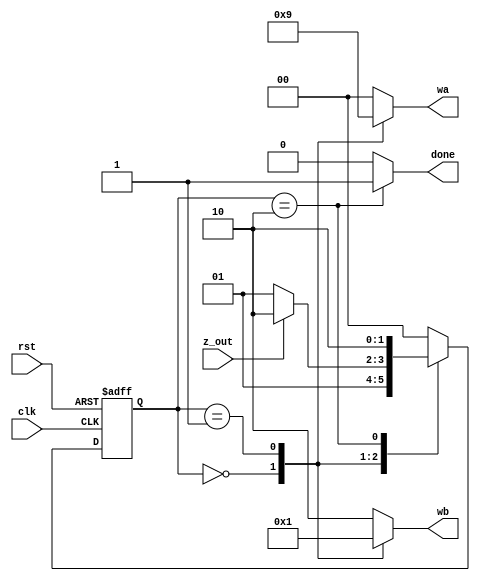
module fsm (
    input  wire             z_out,
    input  wire             clk,
    input  wire             rst,
    output reg   [1:0]      wa,
    output reg   [1:0]      wb,
    output reg done 
);

reg [1:0] current_State, next_state;

localparam s0 = 2'b00,
           s1 = 2'b01,
           s2 = 2'b10;

// state transition

always @( posedge clk or negedge rst )
    begin
        if (!rst)
            begin
                current_State <= s0;
            end 
        else
            begin
                current_State <= next_state;
            end
    end

// Next state

always @(*)
    begin
        case (current_State)

        s0 : begin
                  next_state =  s1;
             end   
        s1 : begin
                  if (z_out == 1'b0)  
                  next_state =  s1;
                  else
                  next_state =  s2;
             end 
        s2 : begin
                next_state =  s2;
             end  
        default : next_state =  s0;
    endcase // current_State
    end

// output 

always @(*)
    begin
        done =0;
        case (current_State)

        s0 : begin
                wa = 2'b10;
                wb = 2'b00;
             end   
        s1 : begin
                wa = 2'b01;
                wb = 2'b01;
             end 
        s2 : begin
                wa = 2'b00;
                wb = 2'b10;
                done =1;
             end  
        default : begin
                wa = 2'b00;
                wb = 2'b10; 
                end
        endcase
    end



endmodule